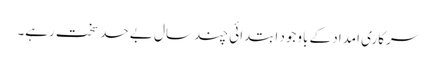
سرکاری امداد کے باوجود ابتدائی چند سال بے حد سخت رہے۔